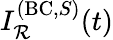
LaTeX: I_{\mathcal{R}}^{(\mathrm{{BC}},S)}(t)